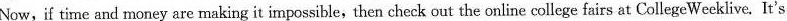
Now,if time and money are making it impossible,then check out the online college fairs at CollegeWeeklive. It's